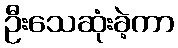
ဦးသေဆုံးခဲ့ကာ